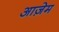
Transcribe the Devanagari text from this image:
आज़ेम